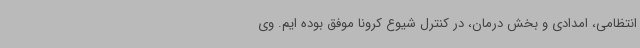
انتظامی، امدادی و بخش درمان، در کنترل شیوع کرونا موفق بوده ایم. وی